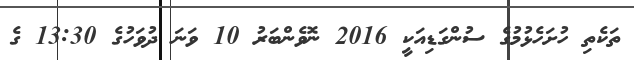
ތަކެތި ހުށަހެޅުމުގެ ސުންގަޑިއަކީ 2016 ނޮވެންބަރު 10 ވަނަ ދުވަހުގެ 13:30 ގެ